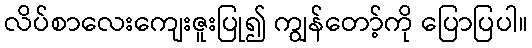
လိပ်စာလေးကျေးဇူးပြု၍ ကျွန်တော့်ကို ပြောပြပါ။